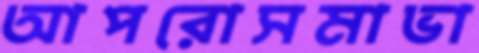
আপরোসমাভা